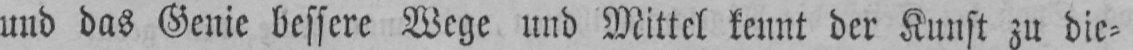
und das Genie bessere Wege und Mittel kennt der Kunst zu die⸗